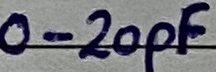
Text: 0-20pF